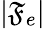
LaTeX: \lvert\mathfrak{F}_{e}\rvert